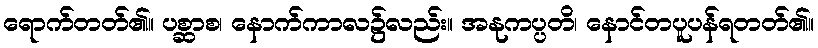
ရောက်တတ်၏။ ပစ္ဆာစ၊ နောက်ကာလ၌လည်း။ အနုကပ္ပတိ၊ နောင်တပူပန်ရတတ်၏။